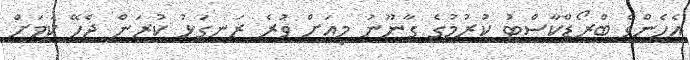
އެހެންވެ ބްރޯޑްކާސްޓު ކުރުމުގެ ގާނޫނު މިއަށް ވުރެ ރަނގަޅު ކުރަން ޖެހޭ ކަމަށް